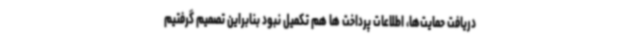
دریافت حمایت‌ها، اطلاعات پرداخت ها هم تکمیل نبود بنابراین تصمیم گرفتیم